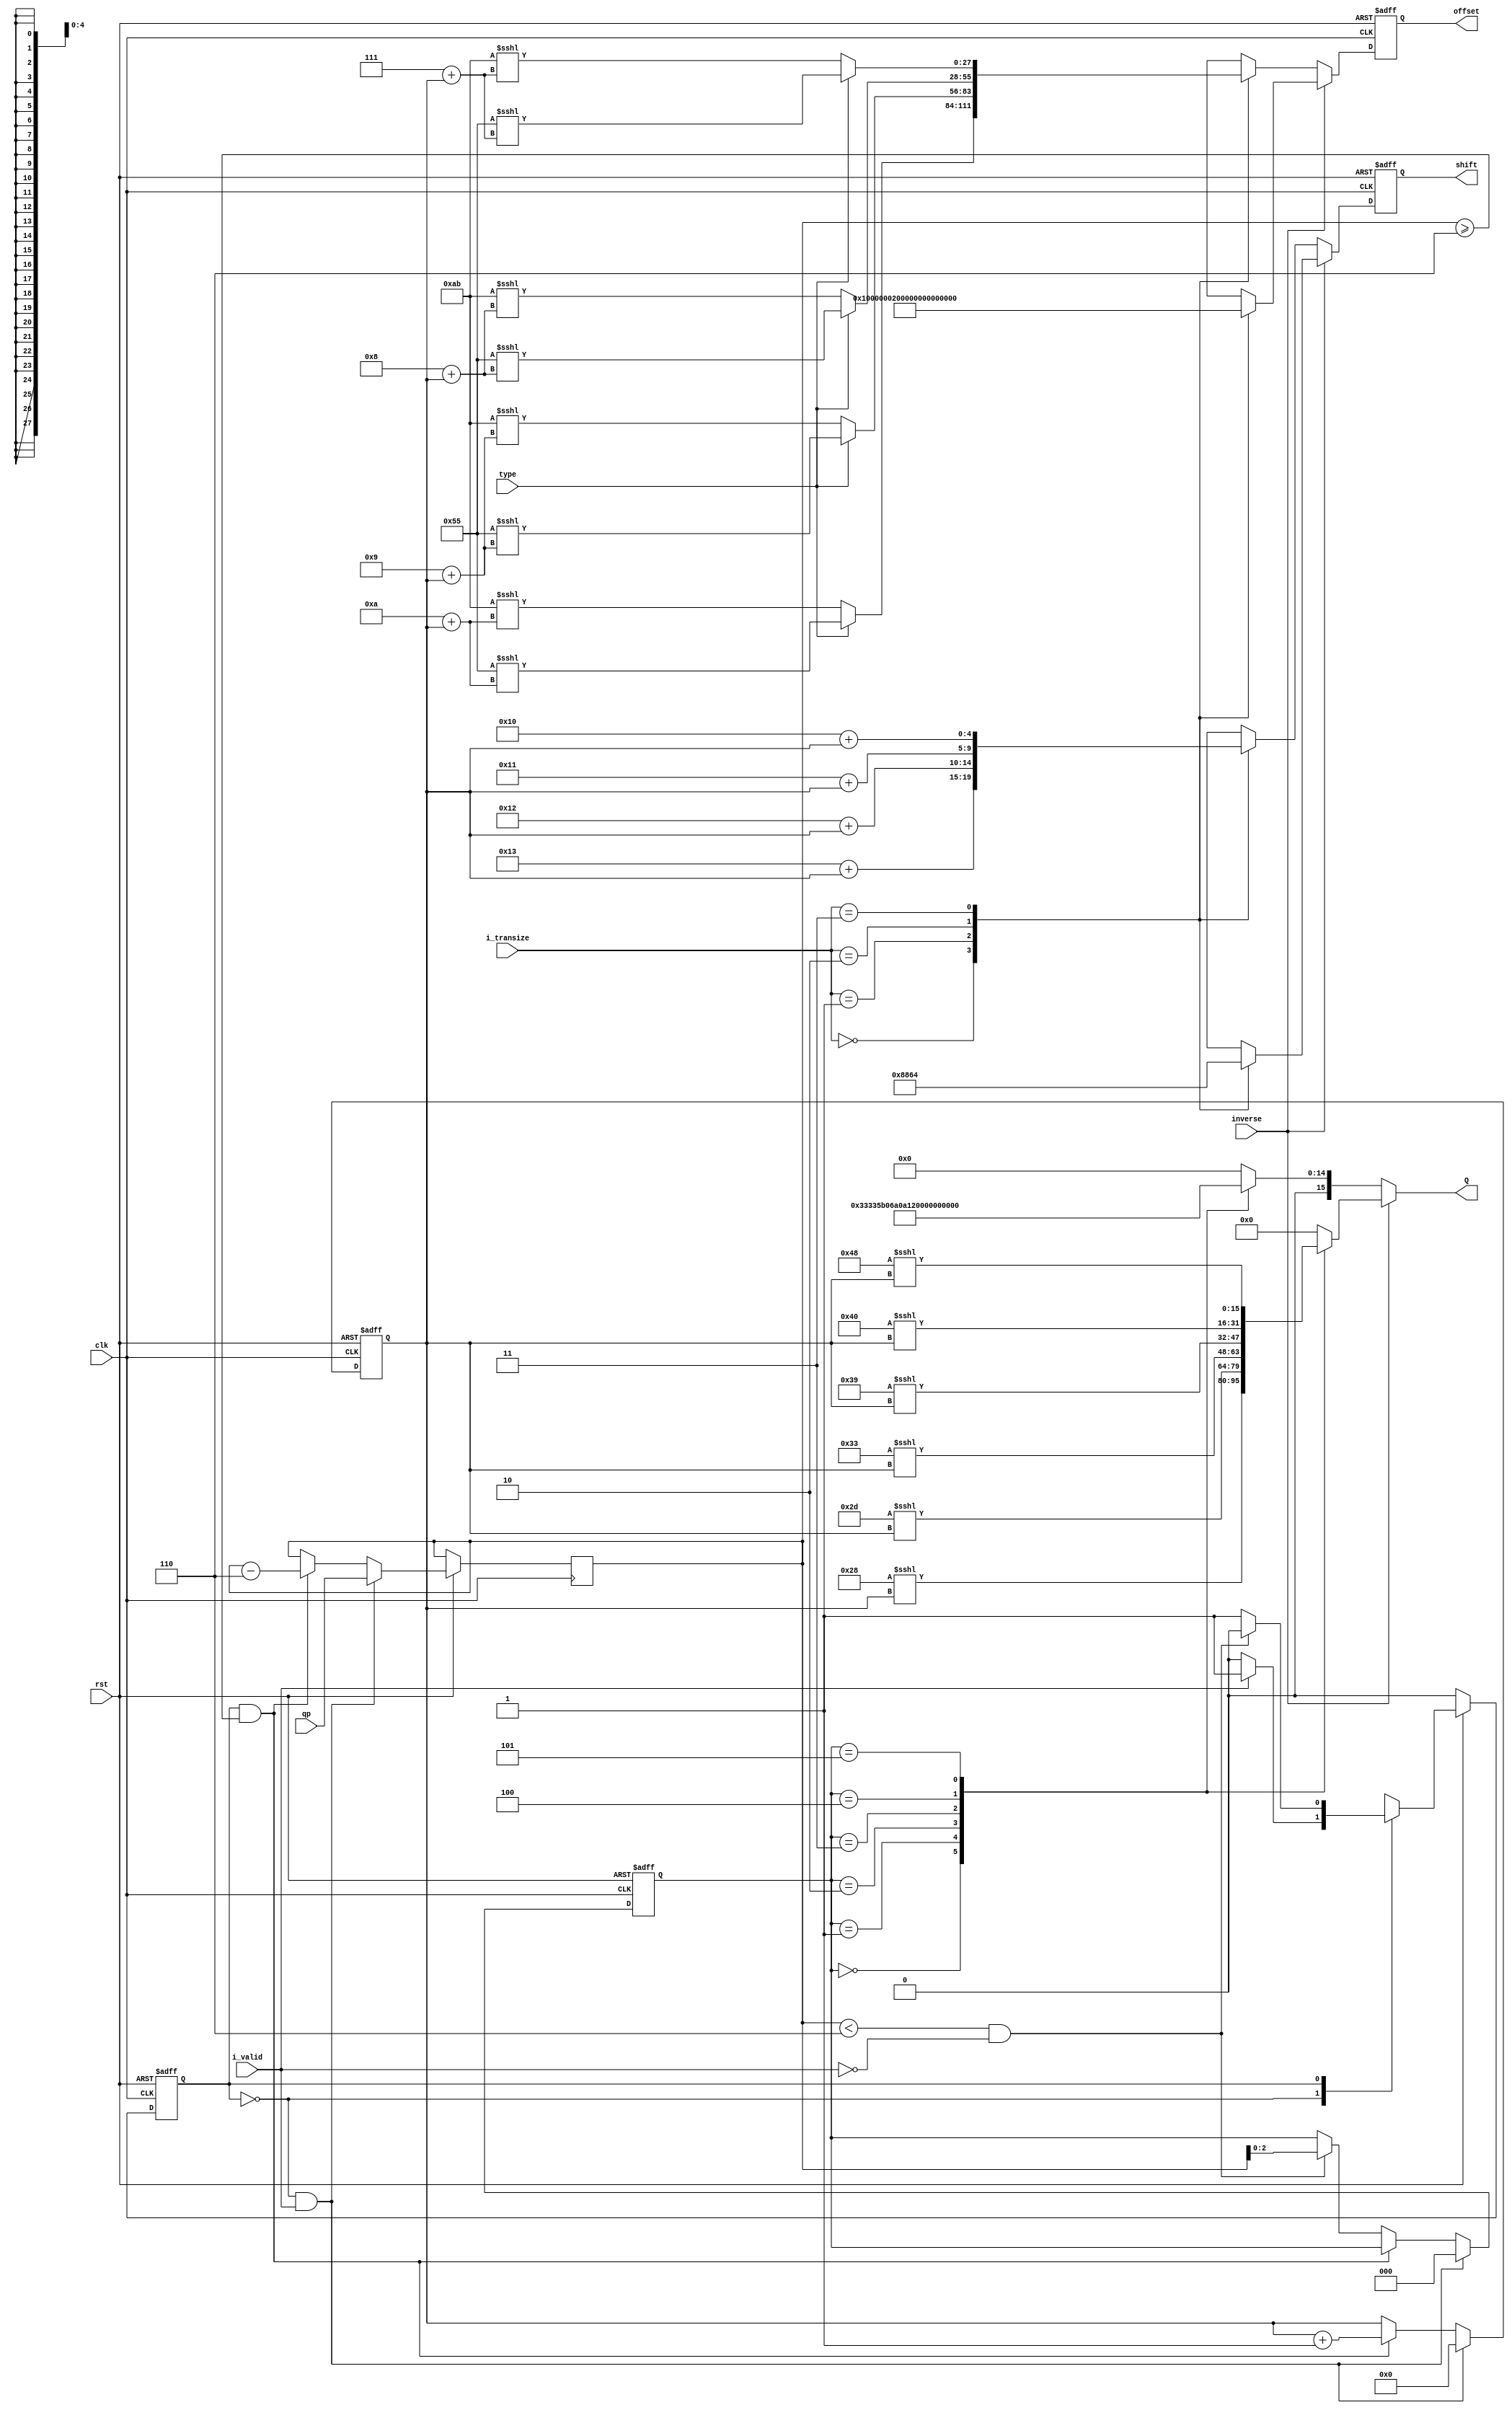
module mod(
       clk,
       rst,
      type,
        qp,
   i_valid,
   inverse,
i_transize,
        
         Q,
    offset,
     shift
);

// ****************************************************************
//
//	INPUT / OUTPUT DECLARATION
//
// ****************************************************************  

input                              clk;
input                              rst;
input                             type;
input                          i_valid;
input                          inverse;
input    [1:0]              i_transize;
input    [5:0]                      qp;   

output reg  signed [15:0]            Q;
output reg  signed [27:0]       offset;
output reg  [4:0]                shift;

// ****************************************************************
//
//	REG  DECLARATION
//
// **************************************************************** 

reg    [5:0]           opi;
reg                  state;
reg             next_state;

reg  [2:0]              q;
reg  [3:0]              p;


// ********************************************
//                                             
//    PARAMETER DECLARATION                                               
//                                                                             
// ********************************************

parameter            DCT_4=2'b00;
parameter            DCT_8=2'b01;
parameter           DCT_16=2'b10;
parameter           DCT_32=2'b11;
parameter              IDLE=1'b0;
parameter               MOD=1'b1;


// ****************************************************************
//
//	COMBINATIONAL LOGIC
//
// ****************************************************************

always@(*)
if(!rst)
  next_state=IDLE;
else
  case(state)
   IDLE:
    if(i_valid)
      next_state=MOD;
    else
      next_state=IDLE;
    MOD:
    if((opi<3'd6)&&(!i_valid))
      begin
      next_state=IDLE;
    end
    else
      next_state=MOD;
  endcase
          
// ****************************************************************
//
//	SEQUENTIAL LOGIC
//
// ****************************************************************


always @(posedge clk or negedge rst)
  begin
    if(~rst)
      state  <= IDLE;
    else
      state  <=  next_state;
  end

 always @(posedge clk or negedge rst)
  if(!rst)
    begin
    q<=3'd0;
    p<=4'd0;
  end
else
   if((state==IDLE)&&i_valid)
    begin
     q<=3'd0;
     p<=4'd0;
     opi<=qp;
   end
else
  if((state==MOD)&&opi>=6)
    begin
    opi<=opi-6;
    p<=p+1;
   end
else 
  if((opi<3'd6)&&(!i_valid)) 
    q<=opi[2:0];
  
always@(posedge clk or negedge rst)
if(!rst)
 begin
 shift<=5'b0;
 offset<=28'b0;
 end
 else
if(!inverse)
case(i_transize)
	DCT_4:begin
	  shift<=19+p;
	  offset<=type?(9'd85<<<(10+p)):(9'd171<<<(10+p));
	  end
	DCT_8:begin
	  shift<=18+p;
	  offset<=type?(9'd85<<<(9+p)):(9'd171<<<(9+p));
	  end
  DCT_16:begin
	  shift<=17+p;
	  offset<=type?(9'd85<<<(8+p)):(9'd171<<<(8+p));
	  end	
  DCT_32:begin
	  shift<=16+p;
	  offset<=type?(9'd85<<<(7+p)):(9'd171<<<(7+p));
	  end	  
   endcase
else
 case(i_transize)
	DCT_4:begin
	  shift<=3'd1;
	  offset<=5'd1;
	  end
	DCT_8:begin
	  shift<=3'd2;
	  offset<=5'd2;
	  end
  DCT_16:begin
	  shift<=3'd3;
	  offset<=5'd4;
	  end	
  DCT_32:begin
	  shift<=3'd4;
	  offset<=5'd8;
	  end	 
endcase

always@(*)
if(!inverse)
case(q)
  3'd0:Q=16'd26214;
  3'd1:Q=16'd23302;
  3'd2:Q=16'd20560;
  3'd3:Q=16'd18396;
  3'd4:Q=16'd16384;
  3'd5:Q=16'd14564;
  default:Q=16'd0;
endcase
else
case(q)
  3'd0:Q=(16'd40<<<p);
  3'd1:Q=(16'd45<<<p);
  3'd2:Q=(16'd51<<<p);
  3'd3:Q=(16'd57<<<p);
  3'd4:Q=(16'd64<<<p);
  3'd5:Q=(16'd72<<<p);
  default:Q=16'd0;
endcase

endmodule